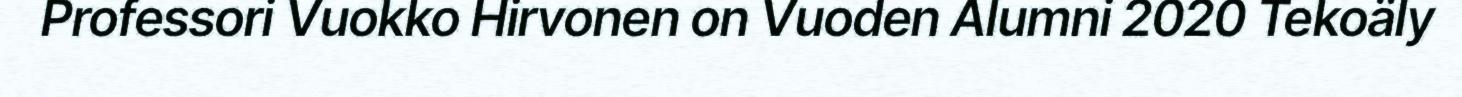
Professori Vuokko Hirvonen on Vuoden Alumni 2020 Tekoäly